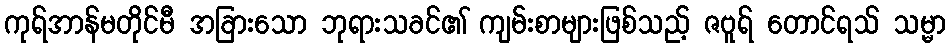
ကုရ်အာန်မတိုင်မီ အခြားသော ဘုရားသခင်၏ ကျမ်းစာများဖြစ်သည့် ဇဗူရ် တောင်ရသ် သမ္မာ